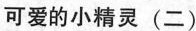
可爱的小精灵 (二)